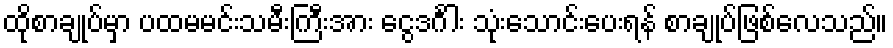
ထိုစာချုပ်မှာ ပထမမင်းသမီးကြီးအား ငွေဒင်္ဂါး သုံးသောင်းပေးရန် စာချုပ်ဖြစ်လေသည်။